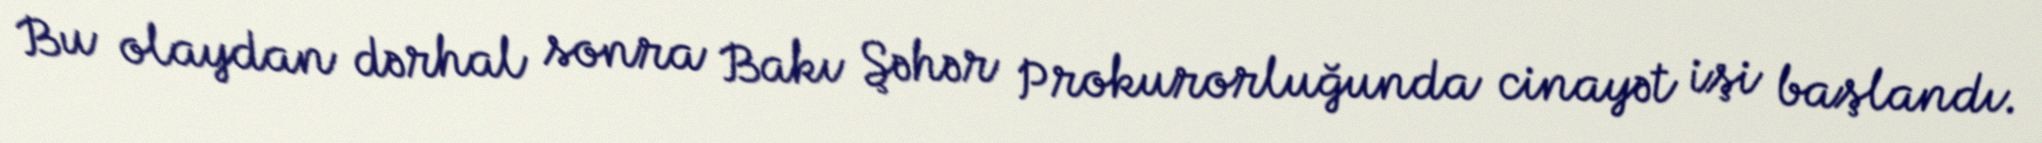
Bu olaydan dərhal sonra Bakı Şəhər Prokurorluğunda cinayət işi başlandı.